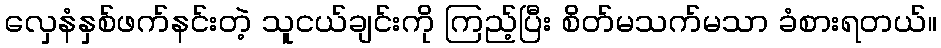
လှေနံနှစ်ဖက်နင်းတဲ့ သူငယ်ချင်းကို ကြည့်ပြီး စိတ်မသက်မသာ ခံစားရတယ်။